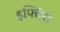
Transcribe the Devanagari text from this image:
इफ्तिरा